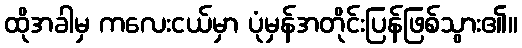
ထိုအခါမှ ကလေးငယ်မှာ ပုံမှန်အတိုင်းပြန်ဖြစ်သွား၏။